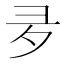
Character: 夛